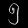
Digit: ၅